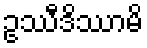
ဥဿီဒိဿာမိ